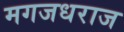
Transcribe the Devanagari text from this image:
मगजधराज